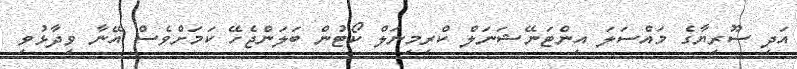
އަދި ސޫރިޔާގެ މައްސަލަ އިންޓަނޭޝަނަލް ކްރިމިނަލް ކޯޓުން ބަލަންޖެހޭ ކަމަށްވެސް އޭނާ ވިދާޅުވި